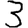
Digit: 3